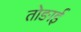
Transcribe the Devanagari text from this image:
तोङाई